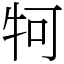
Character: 牱